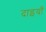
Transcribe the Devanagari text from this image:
दाइयाँ